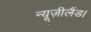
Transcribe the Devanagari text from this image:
न्यूज़ीलैंड।